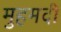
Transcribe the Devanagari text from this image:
मुहमदी